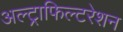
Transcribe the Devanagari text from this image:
अल्ट्राफिल्टरेशन